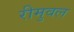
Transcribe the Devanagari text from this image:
रीमुवल